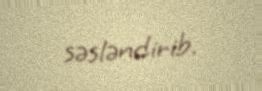
səsləndirib.